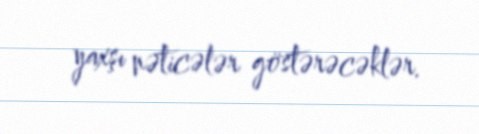
yaxşı nəticələr göstərəcəklər.